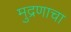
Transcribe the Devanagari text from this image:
मुद्रणाचा